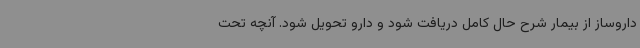
داروساز از بیمار شرح حال کامل دریافت شود و دارو تحویل شود. آنچه تحت